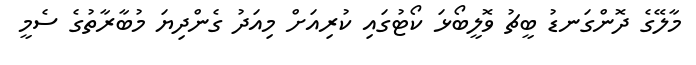
މާލޭގެ ދޮންގަނޑު ބީޗު ވޮލީބޯޅަ ކޯޓުގައި ކުރިއަށް މިއަދު ގެންދިޔަ މުބާރާތުގެ ސެމީ